Rules and regulations of the Bombay Veterinary College
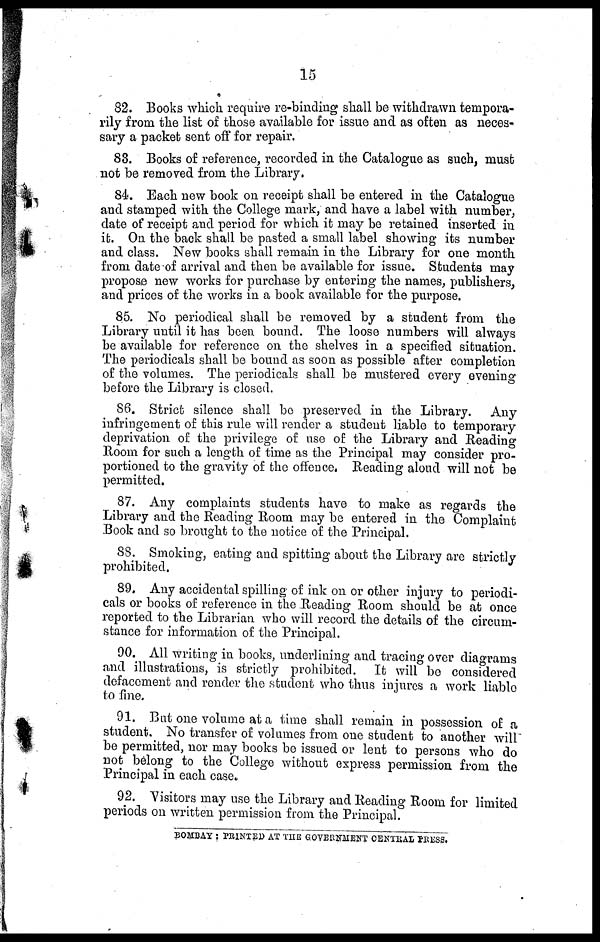
15
82. Books which require re-binding shall be withdrawn tempora-
rily from the list of those available for issue and as often as neces-
sary a packet sent off for repair.
83. Books of reference, recorded in the Catalogue as such, must
not be removed from the Library.
84. Each new book on receipt shall be entered in the Catalogue
and stamped with the College mark, and have a label with number,
date of receipt and period for which it may be retained inserted in
it. On the back shall be pasted a small label showing its number
and class. New books shall remain in the Library for one month
from date of arrival and then be available for issue. Students may
propose new works for purchase by entering the names, publishers,
and prices of the works in a book available for the purpose.
85. No periodical shall be removed by a student from the
Library until it has been bound. The loose numbers will always
be available for reference on the shelves in a specified situation.
The periodicals shall be bound as soon as possible after completion
of the volumes. The periodicals shall be mustered every evening
before the Library is closed.
86. Strict silence shall be preserved in the Library.
Any
infringement of this rule will render a student liable to temporary
deprivation of the privilege of use of the Library and Reading
Room for such a length of time as the Principal may consider pro-
portioned to the gravity of the offence. Reading aloud will not be
permitted.
87. Any complaints students have to make as regards the
Library and the Reading Room may be entered in the Complaint
Book and so brought to the notice of the Principal.
88. Smoking, eating and spitting about the Library are strictly
prohibited.
89. Any accidental spilling of ink on or other injury to periodi-
cals or books of reference in the Reading Room should be at once
reported to the Librarian who will record the details of the circum-
stance for information of the Principal.
90. All writing in books, underlining and tracing over diagrams
and illustrations, is strictly prohibited. It will be considered
defacement and render the student who thus injures a work liable
to fine.
91. But one volume at a time shall remain in possession of a
student. No transfer of volumes from one student to another will
be permitted, nor may books be issued or lent to persons who do
not belong to the College without express permission from the
Principal in each case.
92. Visitors may use the Library and Reading Room for limited
periods on written permission from the Principal.
BOMBAY : PRINTED AT THE GOVERNMENT CENTRAL PRESS.